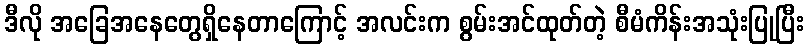
ဒီလို အခြေအနေတွေရှိနေတာကြောင့် အလင်းက စွမ်းအင်ထုတ်တဲ့ စီမံကိန်းအသုံးပြုပြီး